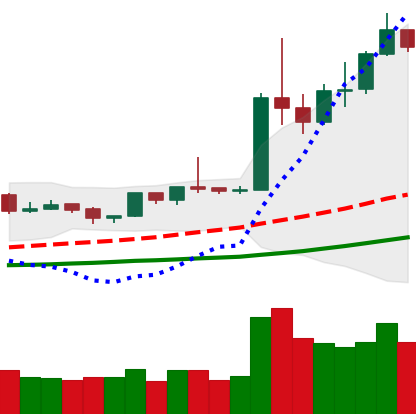
Ticker: ETH-USD
Chart end date: 2019-04-09
Forward return: -4.699%
Label: down_3_5